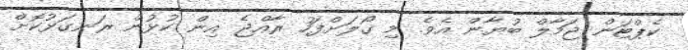
ކެޕްޓަން ޖަމާލް ބުޔާން އެވެ. މި ގޯލަށްފަހު ރާއްޖެ އިން ކުޅުން ރަނގަޅުކޮށް